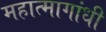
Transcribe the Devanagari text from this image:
महात्मागांधी